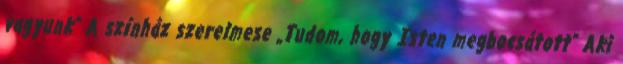
vagyunk” A színház szerelmese „Tudom, hogy Isten megbocsátott” Aki